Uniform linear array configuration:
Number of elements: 4
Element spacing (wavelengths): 0.5
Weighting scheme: cosine
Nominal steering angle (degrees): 45
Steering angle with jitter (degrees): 44.752
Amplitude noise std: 0.05
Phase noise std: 0.05

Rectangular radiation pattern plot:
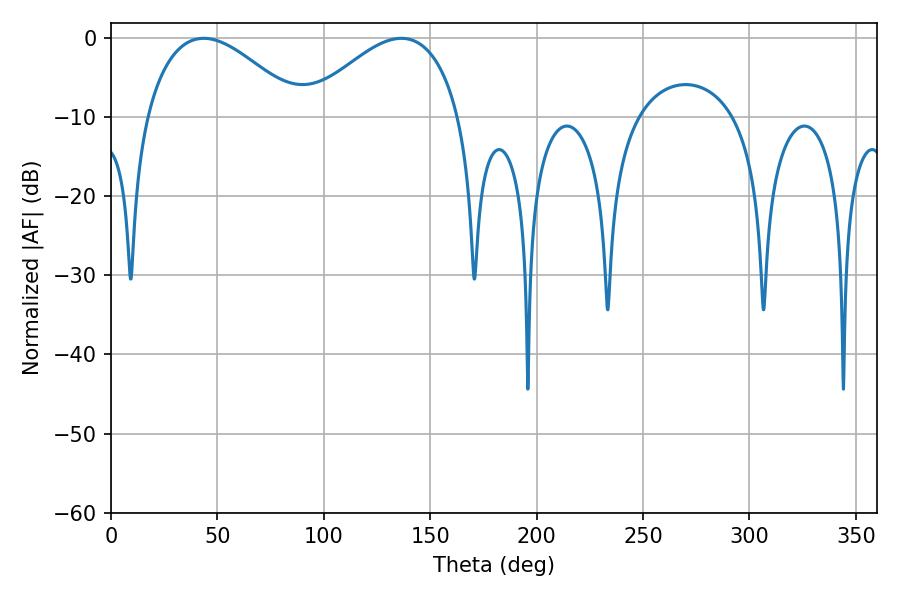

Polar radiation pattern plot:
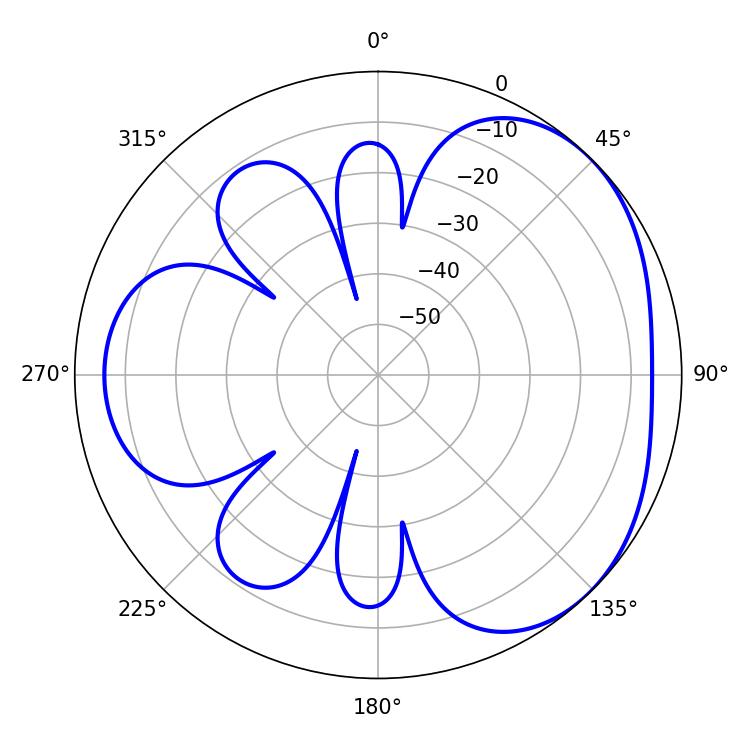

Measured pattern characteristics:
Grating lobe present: FALSE
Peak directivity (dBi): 3.449
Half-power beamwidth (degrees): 39.78
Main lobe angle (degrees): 43.56